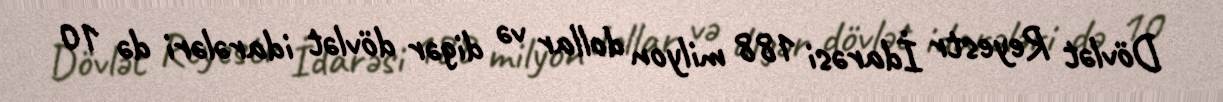
Dövlət Reyestr İdarəsi 188 milyon dollar və digər dövlət idarələri də 10